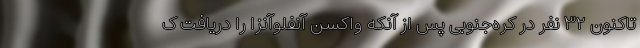
تاکنون ۳۲ نفر در کره‌جنوبی پس از آنکه واکسن آنفلوآنزا را دریافت ک